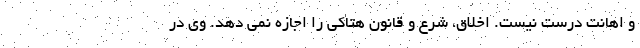
و اهانت درست نیست. اخلاق، شرع و قانون هتاکی را اجازه نمی دهد. وی در